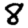
Digit: 8